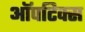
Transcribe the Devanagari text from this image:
ऑपटिक्स